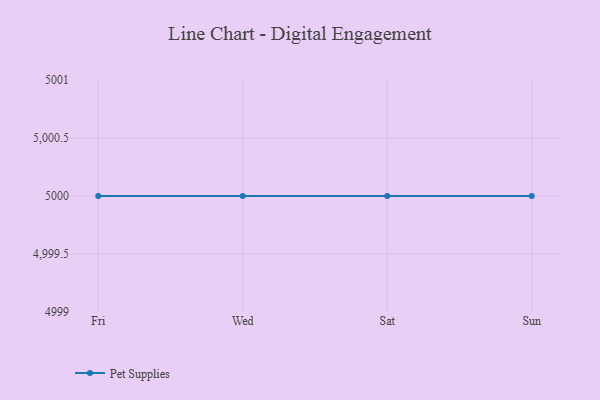
{"axis": {"x": "Day", "y": "Budget (USD K)"}, "legend": ["Pet Supplies"], "data": [{"x": "Fri", "y": 5000, "type": "Pet Supplies"}, {"x": "Wed", "y": 5000, "type": "Pet Supplies"}, {"x": "Sat", "y": 5000, "type": "Pet Supplies"}, {"x": "Sun", "y": 5000, "type": "Pet Supplies"}]}